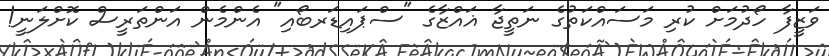
ވަޒީފާ ހޯދުމަށް ކުރި މަސައްކަތުގެ ނަތީޖާ ޣައްޒާގެ "ސްޕައިޑަރބޯއި" އެންމެން އަންތަރީސް ކޮށްލަނީ!